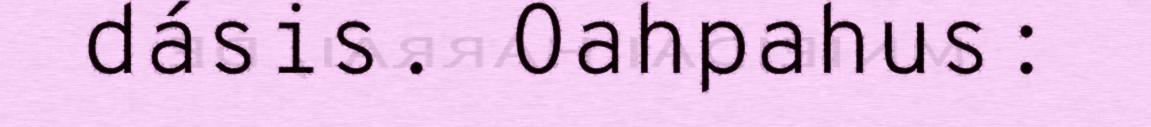
dásis. Oahpahus: